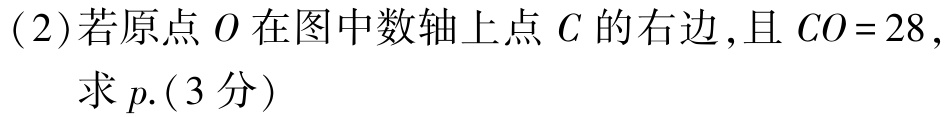
(2)若原点\(O\)在图中数轴上点\(C\)的右边,且\(CO = 28\),求\(p\).(3分)